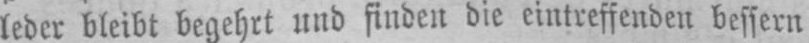
leder bleibt begehrt und finden die eintreffenden bessern